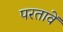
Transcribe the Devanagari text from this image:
परतावें